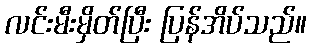
လင်းမီးမှိတ်ပြီး ပြန်အိပ်သည်။